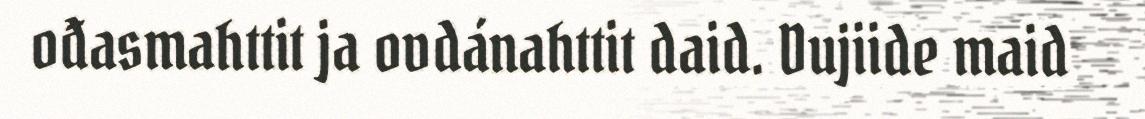
ođasmahttit ja ovdánahttit daid. Dujiide maid